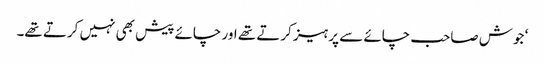
‘ جوش صاحب چائے سے پرہیز کرتے تھے اور چائے پیش بھی نہیں کرتے تھے۔